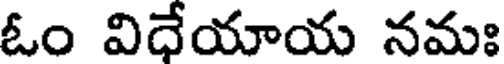
ఓం విధేయాయ నమః